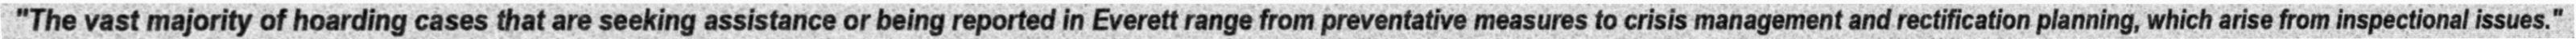
"The vast majority of hoarding cases that are seeking assistance or being reported in Everett range from preventative measures to crisis management and rectification planning, which arise from inspectional issues."